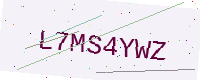
Text: L7MS4YWZ